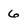
Character: 6